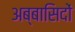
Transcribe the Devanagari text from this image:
अब्बासिदों